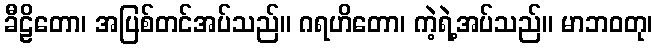
ခီဠိတော၊ အပြစ်တင်အပ်သည်။ ဂရဟိတော၊ ကဲ့ရဲ့အပ်သည်။ မာဘဝတု၊